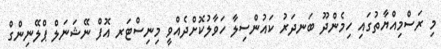
މި ރަސްމިއްޔާތުގައި ހިމެންދޫ ބަނދަރު ކައުންސިލާ ހަވާލުކޮށްދެއްވީ މިނިސްޓަރ އޮފް ނޭޝަނަލް ޕްލޭނިންގް